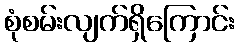
စုံစမ်းလျက်ရှိကြောင်း